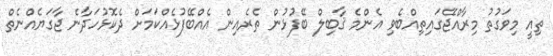
ތިއީ މިވަގުތު މިރާއްޖޭގައިތިއްބެވި އެންމެ ޤާބިލް ބޭފުޅުން ތެރެއިން އެއްބޭފުޅެއްކަމަށް ދެކޮޅުހަދާނެ ޖާގަޔެއްނެތް